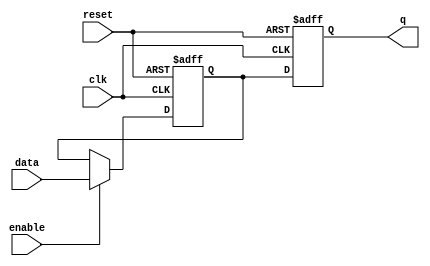
module t_latch (
    input wire clk,
    input wire reset,
    input wire enable,
    input wire data,
    output reg q
);

reg d;

always @(posedge clk or posedge reset) begin
    if (reset) begin
        d <= 1'b0;
    end else if (enable) begin
        d <= data;
    end
end

always @(posedge clk or posedge reset) begin
    if (reset) begin
        q <= 1'b0;
    end else begin
        q <= d;
    end
end

endmodule